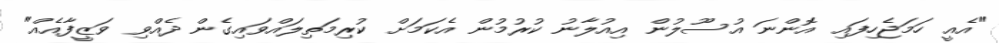
"އެއީ ހަމަޖެހިފައި އޮންނަ އުސޫލުން އިއުލާނު ކުރުމުން އެކަމަށް ކުރިމަތިލައްވައިގެން ދެއްވި ވަޒީފާއެއް"